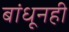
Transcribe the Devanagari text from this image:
बांधूनही